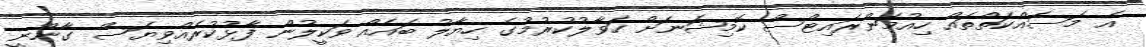
އެ މަސައްކަތްތައް ހިއުމަންރައިޓްސް ކޮމިޝަނަށް ހަވާލުކުރުމުގެ ހިޔާލު ބައެއް ވަކީލުން ފާޅުކުރެއްވިޔަސް ގާނޫނީ